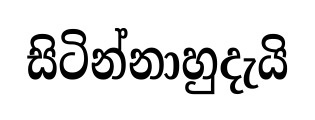
සිටින්නාහුදැයි